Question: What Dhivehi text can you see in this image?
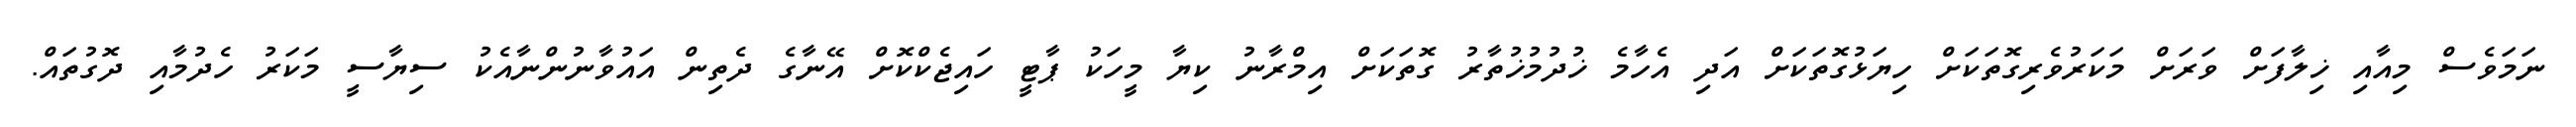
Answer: ނަމަވެސް މިއާއި ޚިލާފަށް ވަރަށް މަކަރުވެރިގޮތަކަށް ހިޔަޅުގޮތަކަށް އަދި އެހާމެ ޚުދުމުޚުތާރު ގޮތަކަށް އިމްރާނު ކިޔާ މީހަކު ޕާޓީ ހައިޖެކްކޮށް އޭނާގެ ދެތިން އައުވާނުންނާއެކު ސިޔާސީ މަކަރު ހެދުމާއި ދޮގުތައް.